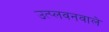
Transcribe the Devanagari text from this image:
उत्प्लवनवाले